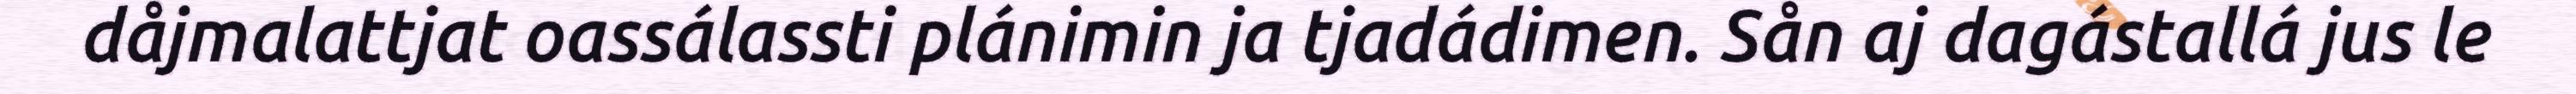
dåjmalattjat oassálassti plánimin ja tjadádimen. Sån aj dagástallá jus le